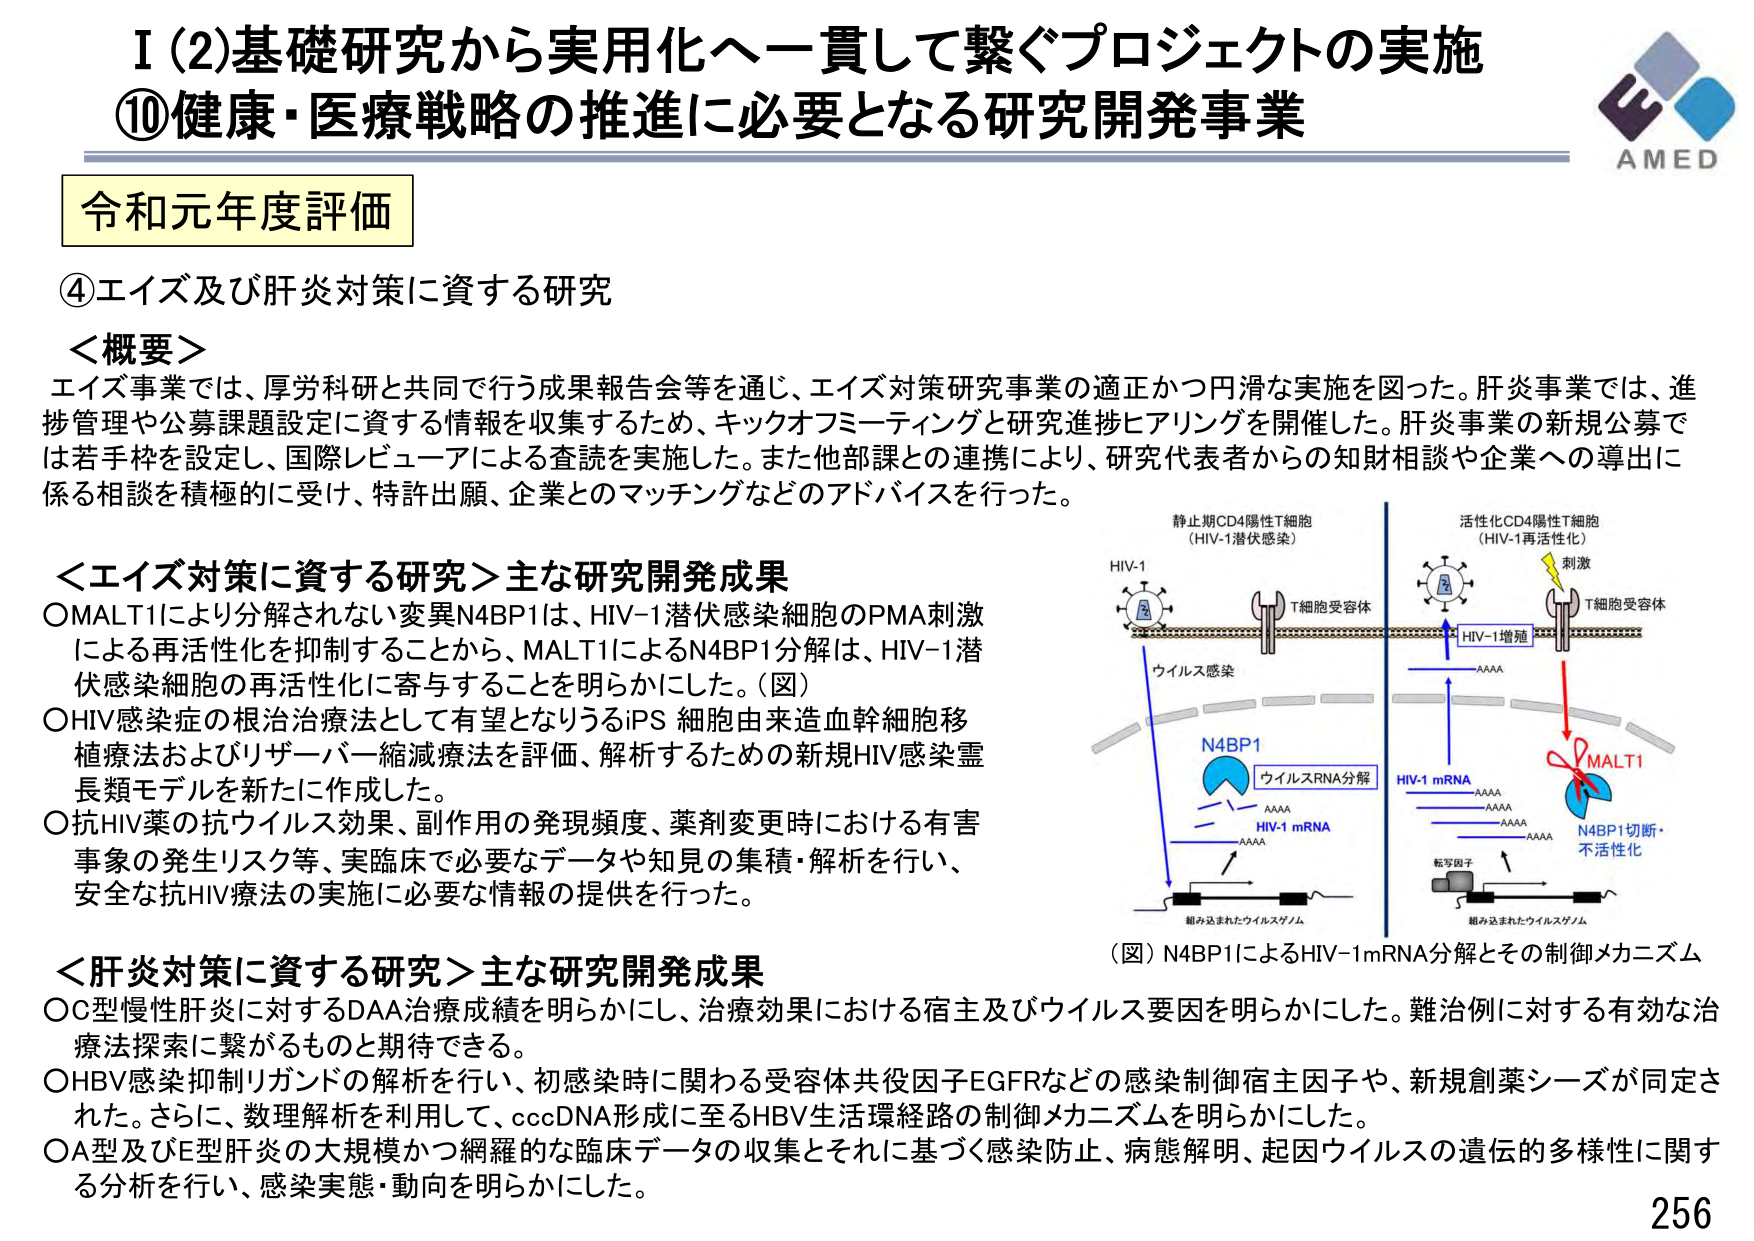
I (2) 基礎研究から実用化へ一貫して繋ぐプロジェクトの実施
⑩健康・医療戦略の推進に必要となる研究開発事業

令和元年度評価

④エイズ及び肝炎対策に資する研究

＜概要＞
エイズ事業では、厚労科研と共同で行う成果報告会等を通じ、エイズ対策研究事業の適正かつ円滑な実施を図った。肝炎事業では、進捗管理や公募課題設定に資する情報を収集するため、キックオフミーティングと研究進捗ヒアリングを開催した。肝炎事業の新規公募では若手枠を設定し、国際レビューによる査読を実施した。また他部課との連携により、研究代表者からの知財相談や企業への導出に係る相談を積極的に受け、特許出願、企業とのマッチングなどのアドバイスを行った。

＜エイズ対策に資する研究＞主な研究開発成果
○MALT1により分解されない変異N4BP1は、HIV-1潜伏感染細胞のPMA刺激による再活性化を抑制することから、MALT1によるN4BP1分解は、HIV-1潜伏感染細胞の再活性化に寄与することを明らかにした。（図）
○HIV感染症の根治治療法として有望となりうるiPS細胞由来造血幹細胞移植療法およびリザーバー縮減療法を評価、解析するための新規HIV感染霊長類モデルを新たに作成した。
○抗HIV薬の抗ウイルス効果、副作用の発現頻度、薬剤変更時における有害事象の発生リスク等、実臨床で必要なデータや知見の集積・解析を行い、安全な抗HIV療法の実施に必要な情報の提供を行った。

＜肝炎対策に資する研究＞主な研究開発成果
○C型慢性肝炎に対するDAA治療成績を明らかにし、治療効果における宿主及びウイルス要因を明らかにした。難治例に対する有効な治療法探索に繋がるものと期待できる。
○HBV感染抑制リガンドの解析を行い、初感染時に関わる受容体共役因子EGFRなどの感染制御宿主因子や、新規創薬シーズが同定された。さらに、数理解析を利用して、cccDNA形成に至るHBV生活環経路の制御メカニズムを明らかにした。
○A型及びE型肝炎の大規模かつ網羅的な臨床データの収集とそれに基づく感染防止、病態解明、起因ウイルスの遺伝的多様性に関する分析を行い、感染実態・動向を明らかにした。

（図）N4BP1によるHIV-1mRNA分解とその制御メカニズム

静止期CD4陽性T細胞
（HIV-1潜伏感染）

HIV-1
T細胞受容体
ウイルス感染
N4BP1
ウイルスRNA分解
HIV-1 mRNA
AAAA
組み込まれたウイルスゲノム

活性化CD4陽性T細胞
（HIV-1再活性化）

刺激
T細胞受容体
HIV-1増殖
AAAA
HIV-1 mRNA
AAAA
AAAA
AAAA
MALT1
N4BP1切断・不活性化
転写因子
組み込まれたウイルスゲノム

AMED
256